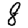
Digit: 8